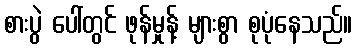
စားပွဲ ပေါ်တွင် ဖုန်မှုန့် များစွာ စုပုံနေသည်။